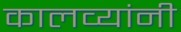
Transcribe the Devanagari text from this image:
कालव्यांनी